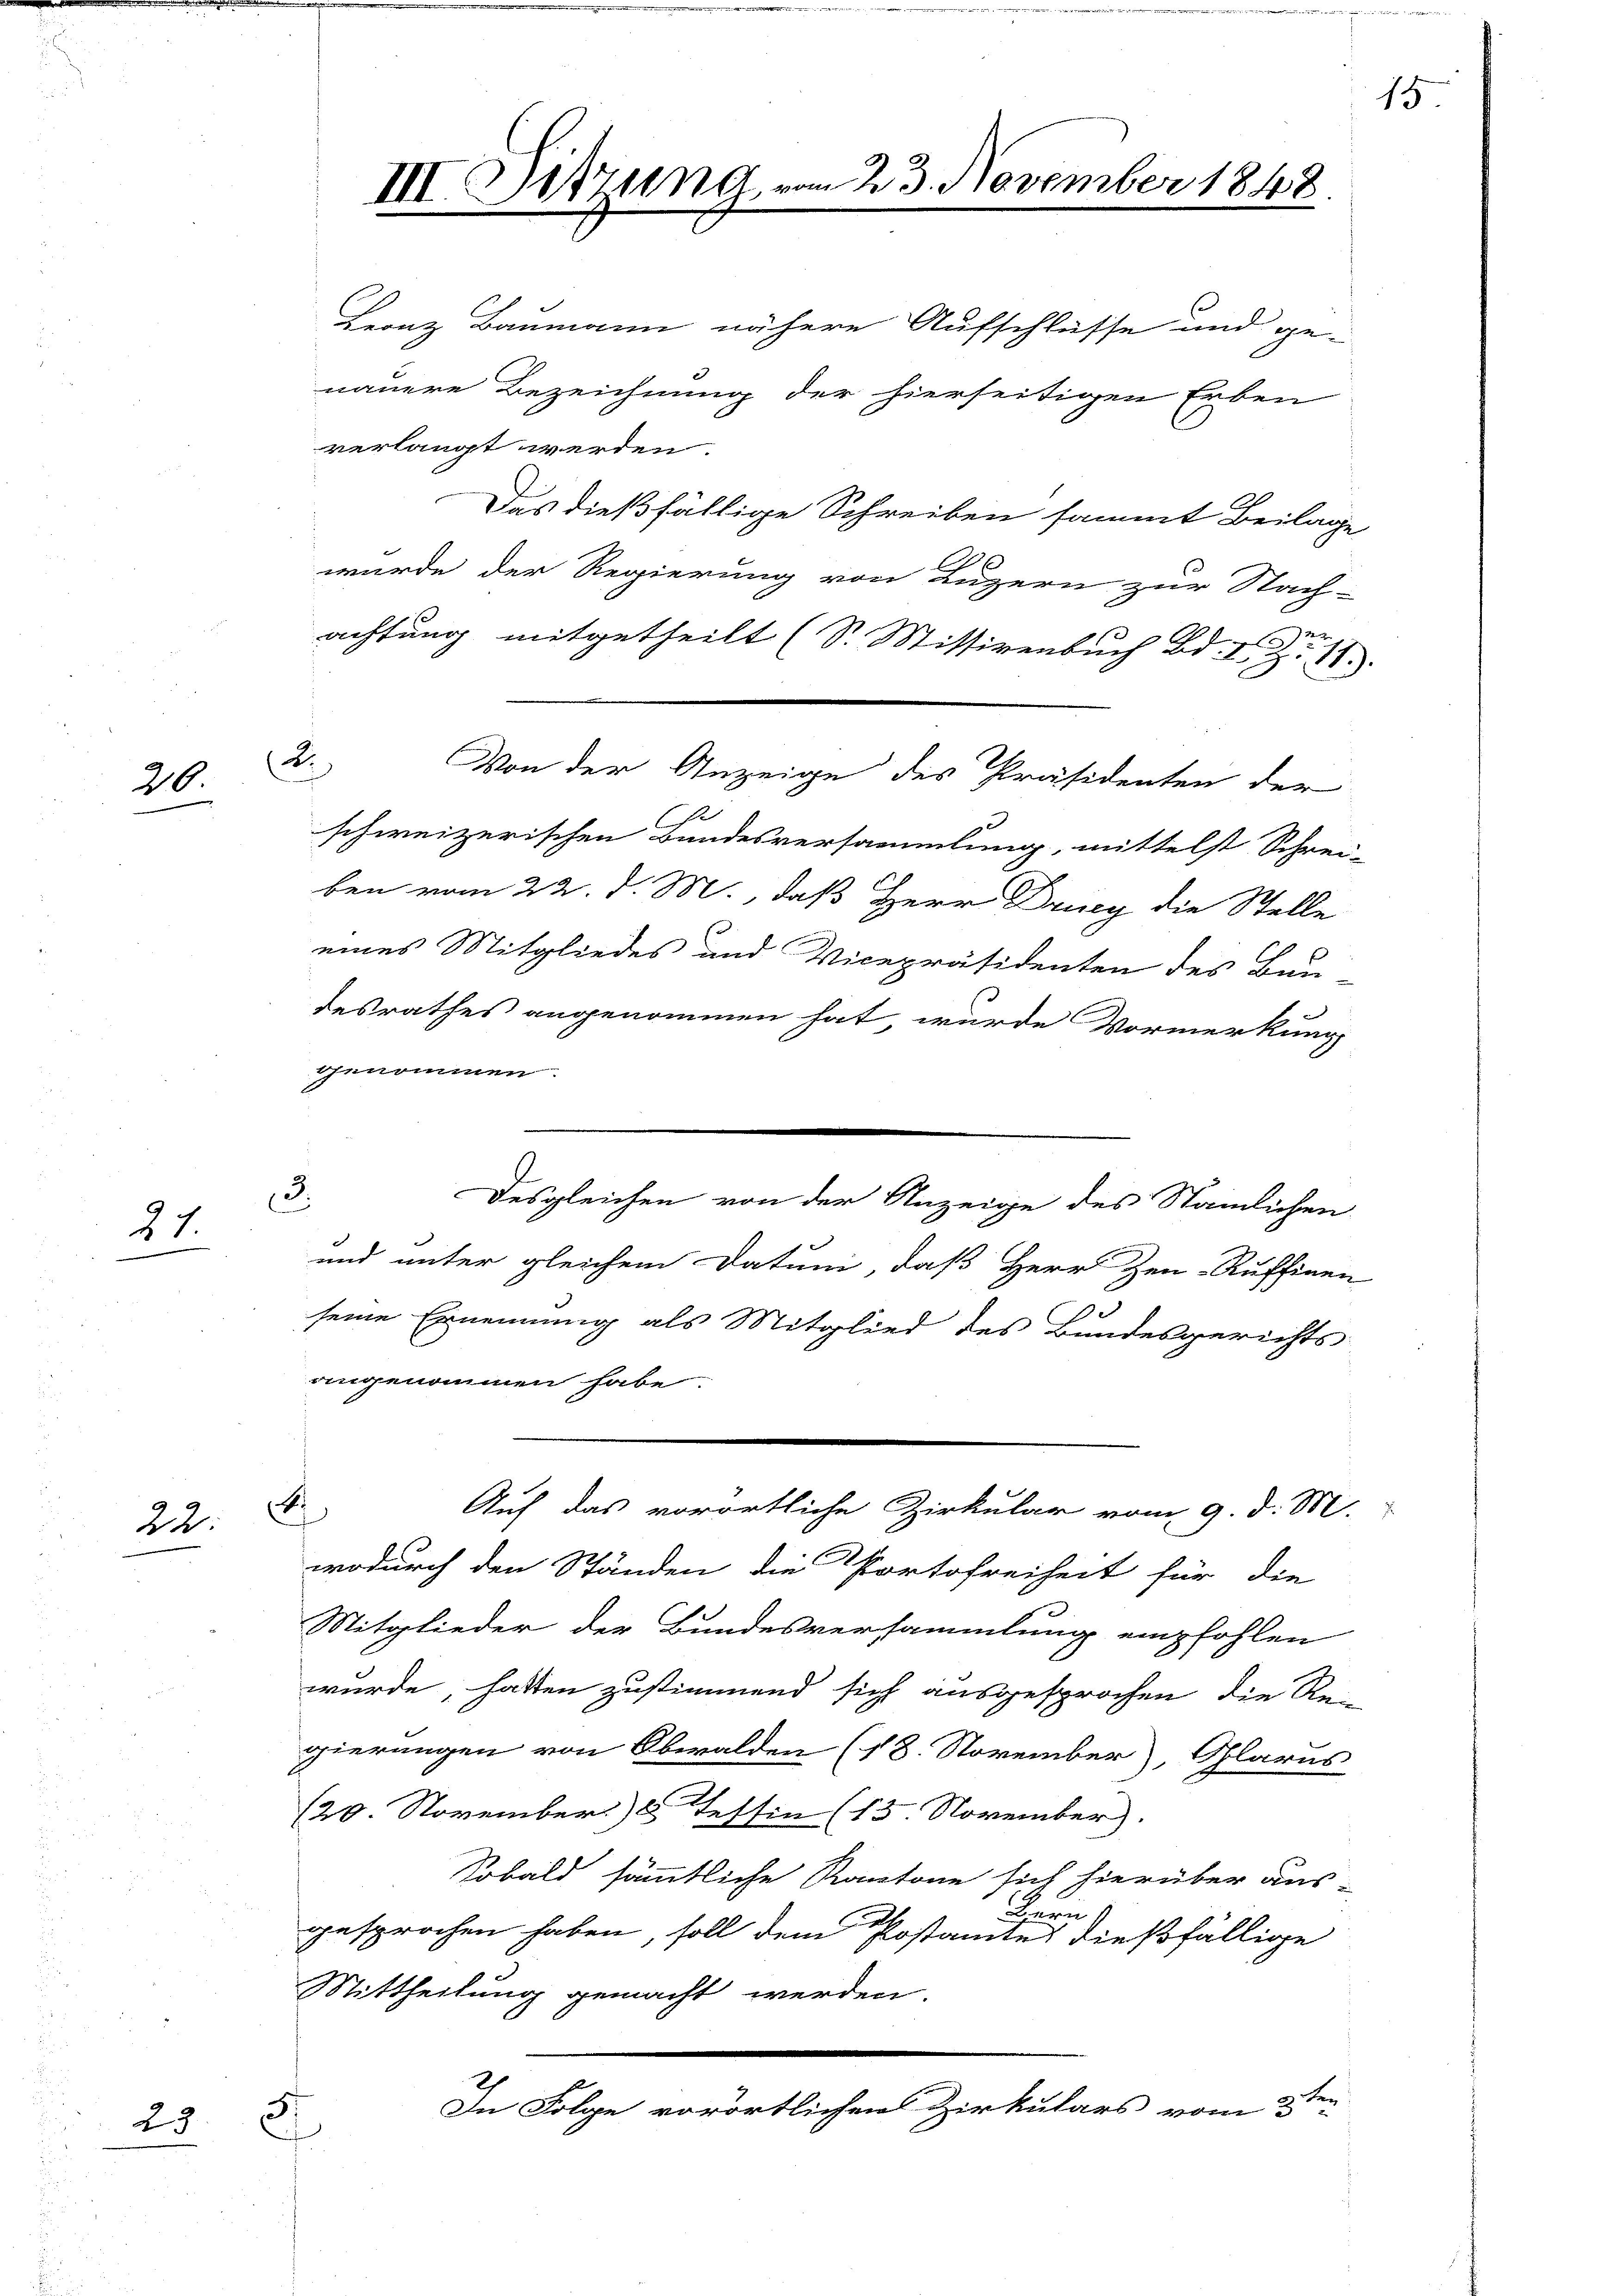
20

31

b
22:

25

5.

3.

2

III. Sitzung vom 23. November 1848.

Leonz Baumann nähere Aufschlüsse und ge-
nauere Bezeichnung der hierseitigen Erben
verlangt werden.
Das dießfällige Schreiben sammt Beilage
wurde der Regierung von Luzern zur Nach-
achtung mitgetheilt (S. Mittirenbuch Bd. I S. 11.
B
schweizerischen Bandesversammlung, mittelst Schrei-
ben vom 22. d. M., daß Herr Drucy die Stelle
eines Mitgliedes und Vicepräsidenten des Bau-
desrathes angenommen hat wurde Vormerkung
genommen.
Desgleichen von der Anzeige des Stämlichen
und unter gleichem Datum, daß Herr Zen-Ruffinen
seine Ernennung als Mitglied des Bundesgerichts
angenommen habe.

Von der Anzeige des Präsidenten der

2
wodurch den Ständen die Portofreiheit für die
Mitglieder der Bundesversammlung empfohlen
wurde, hatten zustimmend sich ausgesprochen die Re-
gierungen von Obwalden (18. November), Glarus
/20. November 8 Tessin (13. November).
Sobald sämmtliche Kantone sich hierüber aus-
Bern
gesprochen haben, soll dem Postamtes dießfällige
Mittheilung gemacht werden.
3 der
In Folge vorörtlichen Zirkulars vom 3

Auf das vorörtliche Zirkular vom 9. d. M.

15

.